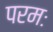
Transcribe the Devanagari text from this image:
परमः